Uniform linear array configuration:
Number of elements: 64
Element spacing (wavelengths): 0.75
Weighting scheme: hamming
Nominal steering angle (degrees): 15
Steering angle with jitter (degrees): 16.387
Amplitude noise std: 0.05
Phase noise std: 0.05

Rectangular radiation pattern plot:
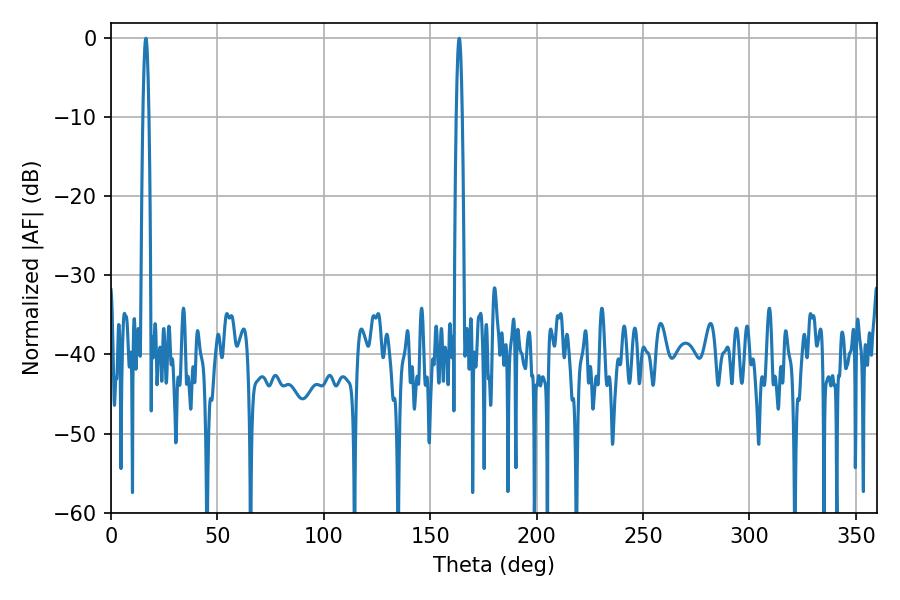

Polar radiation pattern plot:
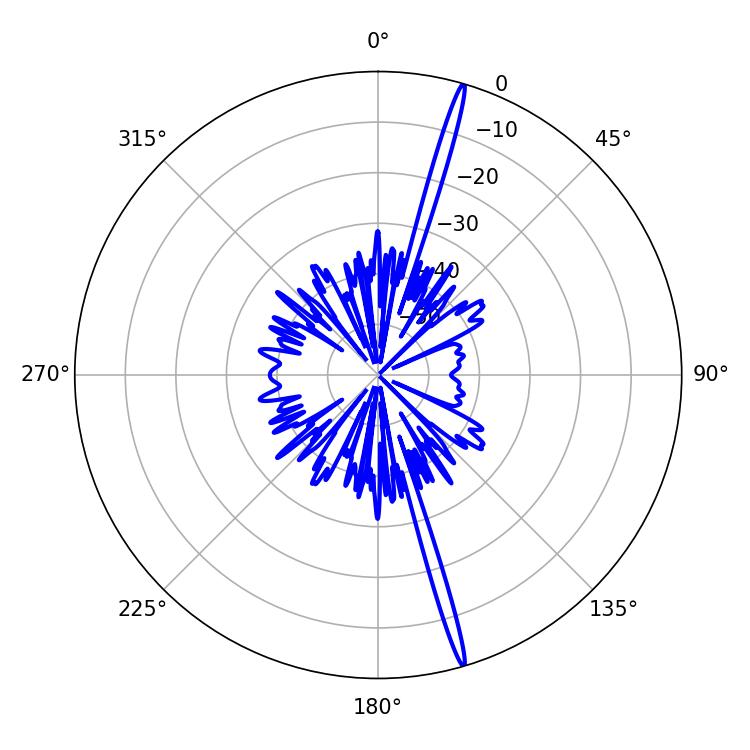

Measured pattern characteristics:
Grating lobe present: TRUE
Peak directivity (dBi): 20.742
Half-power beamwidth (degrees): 1.44
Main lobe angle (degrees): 16.38